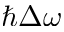
\hbar \Delta \omega